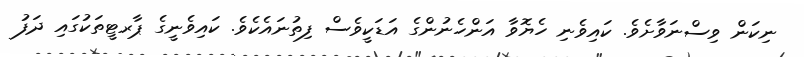
ނިކަން ވިސްނަވާށެވެ. ކައިވެނި ހެޔޮވާ އަންހެނުންގެ އަޑަކީވެސް ފިތުނައެކެވެ. ކައިވެނީގެ ޕާރޓީތަކުގައި ދަފު